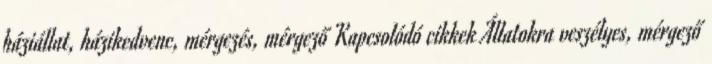
háziállat, házikedvenc, mérgezés, mérgező Kapcsolódó cikkek Állatokra veszélyes, mérgező